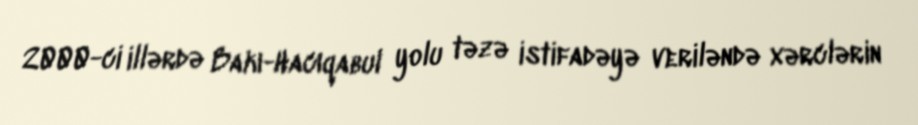
2000-ci illərdə Bakı-Hacıqabul yolu təzə istifadəyə veriləndə xərclərin